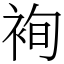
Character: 䘩